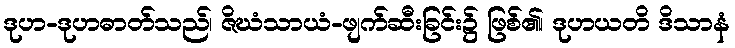
ဒုဟ-ဒုဟဓာတ်သည်၊ ဇိဃံသာယံ-ဖျက်ဆီးခြင်း၌ ဖြစ်၏၊ ဒုဟယတိ ဒိသာနံ